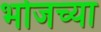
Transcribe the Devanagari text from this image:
भोजच्या